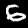
Digit: 6